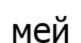
мей